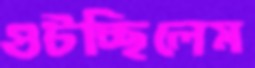
গুটচ্ছিলেম